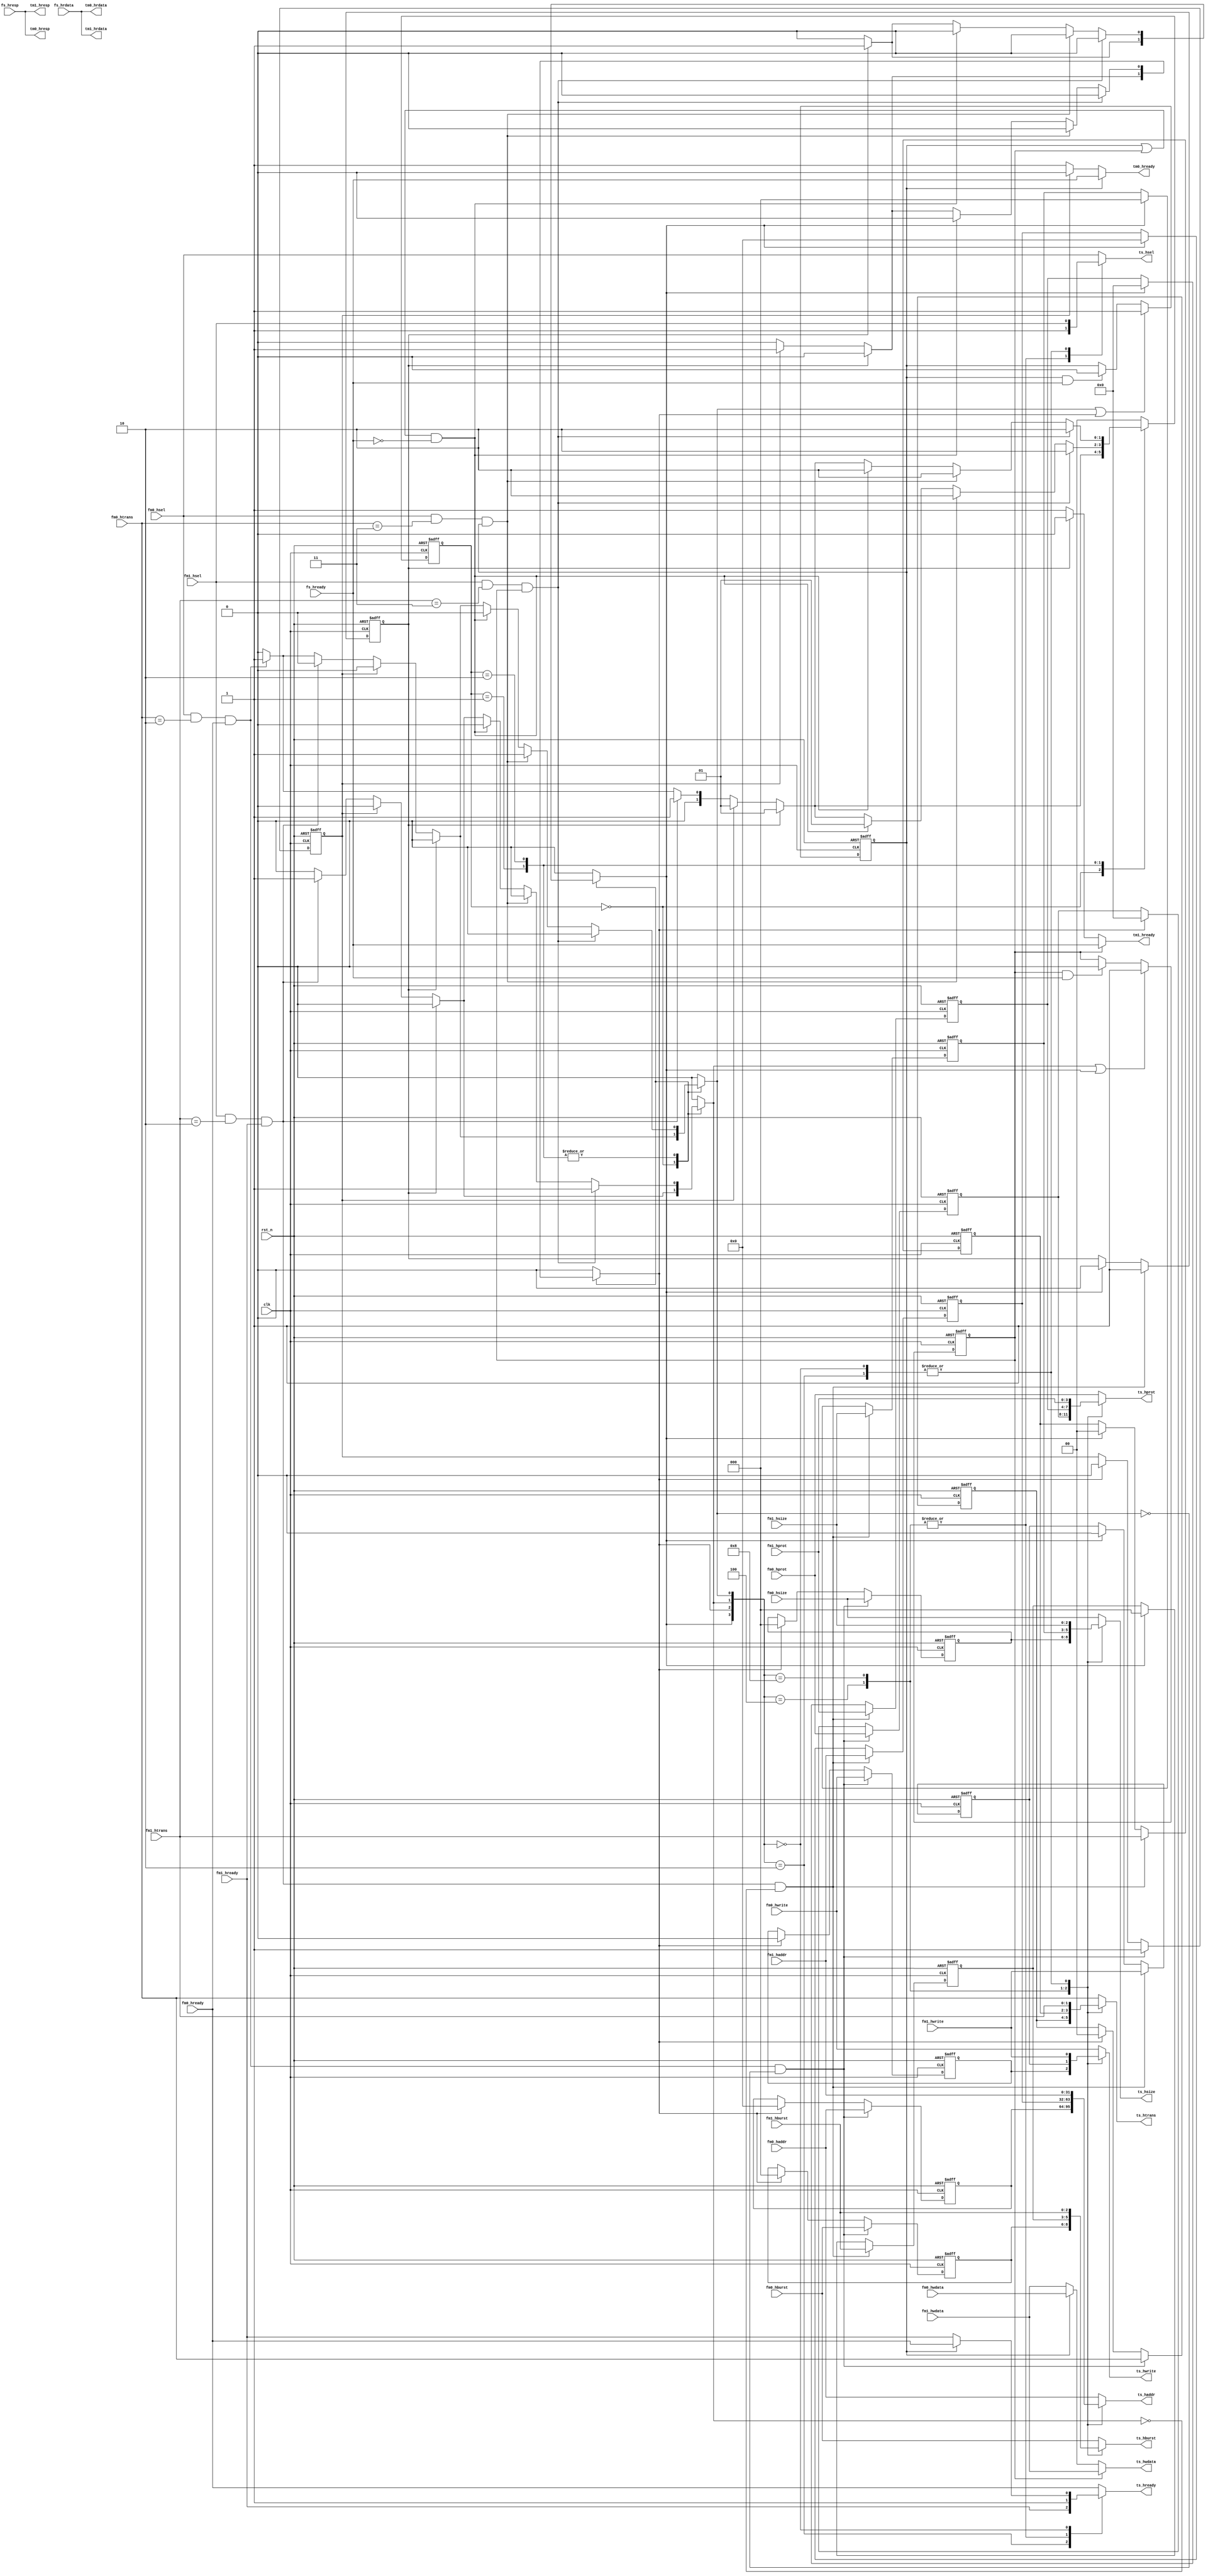

//************************************************************************//
//PODES:    Processor Optimization for Deeply Embedded System                                                                 
//Web:      http://www.mcucore.org                         
//Bug report: sunyata.peng@foxmail.com                                                                          
//Q_Q:   2143971503         
//************************************************************************//
//                                                                          
//  PODES_M0O - PODES IP Core                              
//                                      
//                                                                          
//  This library is free software; you can redistribute it and/or           
//  modify it under the terms of the GNU Lesser General Public              
//  License as published by the Free Software Foundation; either            
//  version 2.1 of the License, or (at your option) any later version.      
//                                                                          
//  This library is distributed in the hope that it will be useful,         
//  but WITHOUT ANY WARRANTY; without even the implied warranty of          
//  MERCHANTABILITY or FITNESS FOR A PARTICULAR PURPOSE.  See the GNU       
//  Lesser General Public License for more details.                         
//                                                                          
//  Full details of the license can be found in the file LGPL.TXT.          
//                                                                          
//  You should have received a copy of the GNU Lesser General Public        
//  License along with this library; if not, write to the Free Software     
//  Foundation, Inc., 59 Temple Place, Suite 330, Boston, MA 02111-1307 USA 
//                                                                          
//************************************************************************//
// Version     : 1.0
// Description : AHBLite bus. Two masters access one port.
//               If both asserted simultaneously, grand port0.
//               ts_hready is always high in control phase, and may be low in data phase.
//               Access to another port can be granted only when the previous one is finished. 
//               Access cannot be broken(insert wait state).
// -----------------------------History-----------------------------------//
// Date      BY   Version  Change Description
//
// 20200101  PODES   1.0      Initial Release. 
//                                                                        
//************************************************************************//
// --- CVS information:
// ---    $Author: $
// ---    $Revision: $
// ---    $Id: $
// ---    $Log$ 
//
//************************************************************************//

module ahblite2to1(
          clk,
          rst_n,
          
          fm0_hready,
          fm0_hsel,
          fm0_haddr,
          fm0_htrans,
          fm0_hwrite,
          fm0_hwdata,
          fm0_hsize,
          fm0_hburst,
          fm0_hprot,
          tm0_hrdata,
          tm0_hready,
          tm0_hresp,
          
          fm1_hready,
          fm1_hsel,
          fm1_haddr,
          fm1_htrans,
          fm1_hwrite,
          fm1_hwdata,
          fm1_hsize,
          fm1_hburst,
          fm1_hprot,
          tm1_hrdata,
          tm1_hready,
          tm1_hresp,
          
          ts_hready,
          ts_hsel,
          ts_haddr,
          ts_htrans,
          ts_hwrite,
          ts_hwdata,
          ts_hsize,
          ts_hburst,
          ts_hprot,
          fs_hrdata,
          fs_hready,
          fs_hresp
        );
        
//-----------------------------------------------------------//
//                          PARAMETERS                       //
//-----------------------------------------------------------//
parameter IDLE   = 2'b00;
parameter NONSEQ = 2'b01;
parameter SEQ    = 2'b10;

//-----------------------------------------------------------//
//                      INPUTS/OUTPUTS                       //
//-----------------------------------------------------------//  
input             clk;
input             rst_n;

input             fm0_hready ;
input             fm0_hsel   ;
input   [31:0]    fm0_haddr  ;
input   [1 :0]    fm0_htrans ;
input             fm0_hwrite ;
input   [31:0]    fm0_hwdata ;
input   [2 :0]    fm0_hsize  ;
input   [2 :0]    fm0_hburst ;
input   [3 :0]    fm0_hprot  ;
output  [31:0]    tm0_hrdata ;
output            tm0_hready ;
output            tm0_hresp  ;
          
input             fm1_hready ;
input             fm1_hsel   ;
input   [31:0]    fm1_haddr  ;
input   [1 :0]    fm1_htrans ;
input             fm1_hwrite ;
input   [31:0]    fm1_hwdata ;
input   [2 :0]    fm1_hsize  ;
input   [2 :0]    fm1_hburst ;
input   [3 :0]    fm1_hprot  ;
output  [31:0]    tm1_hrdata ;
output            tm1_hready ;
output            tm1_hresp  ;
           
output            ts_hready  ;  
output            ts_hsel    ;   
output  [31:0]    ts_haddr   ; 
output  [1 :0]    ts_htrans  ;  
output            ts_hwrite  ;  
output  [31:0]    ts_hwdata  ;  
output  [2 :0]    ts_hsize   ; 
output  [2 :0]    ts_hburst  ; 
output  [3 :0]    ts_hprot   ; 
input   [31:0]    fs_hrdata  ; 
input             fs_hready  ;
input             fs_hresp   ;

//-----------------------------------------------------------//
//                    REGISTERS & WIRES                      //
//-----------------------------------------------------------//
wire               tm0_hready;
wire               tm0_hresp     ;
wire  [31:0]       tm0_hrdata    ;
                   
wire               tm1_hready;
wire               tm1_hresp     ;
wire  [31:0]       tm1_hrdata    ;
                   
reg                ts_hsel    ;  
reg                ts_hwrite  ;  
reg   [1 :0]       ts_htrans  ;  
reg   [2 :0]       ts_hburst  ;   
reg   [3 :0]       ts_hprot  ;  
reg   [31:0]       ts_haddr   ;  
wire  [31:0]       ts_hwdata  ;  
reg   [2 :0]       ts_hsize   ;  
reg                ts_hready  ;  

wire               req_slv0;
wire               req_slv1;
                   
reg                pending_slv0;
reg                pending_slv1;

reg               grant_cmd_slv0;
reg               grant_cmd_slv1;
reg               grant_pending_slv0;
reg               grant_pending_slv1;
reg               grant_cmd_slv0_r;
reg               grant_cmd_slv1_r;
                  
reg               grant_data_slv0;
reg               grant_data_slv1;

reg            hwrite_pd_0 ;
reg  [1 :0]    htrans_pd_0 ;
reg  [2 :0]    hburst_pd_0 ;
reg  [3 :0]    hprot_pd_0 ;
reg  [31:0]    haddr_pd_0  ;
reg  [2 :0]    hsize_pd_0  ;

reg            hwrite_pd_1 ;
reg  [1 :0]    htrans_pd_1 ;
reg  [2 :0]    hburst_pd_1 ;
reg  [3 :0]    hprot_pd_1 ;
reg  [31:0]    haddr_pd_1  ;
reg  [2 :0]    hsize_pd_1  ;

reg  [1 :0]    state;        
reg  [1 :0]    nxt_state;


//-----------------------------------------------------------//
//                          ARCHITECTURE                     //
//-----------------------------------------------------------//
assign req_slv0 = fm0_hsel && (fm0_htrans==2'b10) && fm0_hready;
assign req_slv1 = fm1_hsel && (fm1_htrans==2'b10) && fm1_hready;

always @ (posedge clk or negedge rst_n)
begin
    if(!rst_n)
    begin
        pending_slv0 <= 1'b0;
    end
    else if( req_slv0 && ~grant_cmd_slv0)
    begin
        pending_slv0 <= 1'b1;
    end
    else if(grant_pending_slv0)
    begin
        pending_slv0 <= 1'b0;
    end
end

always @ (posedge clk or negedge rst_n)
begin
    if(!rst_n)
    begin
        pending_slv1 <= 1'b0;
    end
    else if( req_slv1 && ~grant_cmd_slv1)
    begin
        pending_slv1 <= 1'b1;
    end
    else if(grant_pending_slv1)
    begin
        pending_slv1 <= 1'b0;
    end
end

//pending the command
always @ (posedge clk or negedge rst_n)
begin
    if(!rst_n)
    begin
        hwrite_pd_0 <=  1'h0;
        htrans_pd_0 <=  2'h0;
        hburst_pd_0 <=  3'h0;
        hprot_pd_0  <=  4'h0;
        haddr_pd_0  <= 32'h0;
        hsize_pd_0  <=  3'h0;
    end
    else if( req_slv0 && ~grant_cmd_slv0)
    begin
        hwrite_pd_0 <=  fm0_hwrite;
        htrans_pd_0 <=  fm0_htrans;
        hburst_pd_0 <=  fm0_hburst;
        hprot_pd_0  <=  fm0_hprot;
        haddr_pd_0  <=  fm0_haddr ;
        hsize_pd_0  <=  fm0_hsize ;
    end
    else if(grant_pending_slv0)
    begin
        hwrite_pd_0 <=  1'h0;
        htrans_pd_0 <=  2'h0;
        hburst_pd_0 <=  3'h0;
        hprot_pd_0  <=  4'h0;
        haddr_pd_0  <= 32'h0;
        hsize_pd_0  <=  3'h0;
    end
end

//pending the command
always @ (posedge clk or negedge rst_n)
begin
    if(!rst_n)
    begin
        hwrite_pd_1 <=  1'h0;
        htrans_pd_1 <=  2'h0;
        hburst_pd_1 <=  3'h0;
        hprot_pd_1  <=  4'h0;
        haddr_pd_1  <= 32'h0;
        hsize_pd_1  <=  3'h0;
    end
    else if( req_slv1 && ~grant_cmd_slv1)
    begin
        hwrite_pd_1 <=  fm1_hwrite;
        htrans_pd_1 <=  fm1_htrans;
        hburst_pd_1 <=  fm1_hburst;
        hprot_pd_1  <=  fm1_hprot;
        haddr_pd_1  <=  fm1_haddr ;
        hsize_pd_1  <=  fm1_hsize ;
    end
    else if(grant_pending_slv1)
    begin
        hwrite_pd_1 <=  1'h0;
        htrans_pd_1 <=  2'h0;
        hburst_pd_1 <=  3'h0;
        hprot_pd_1  <=  4'h0;
        haddr_pd_1  <= 32'h0;
        hsize_pd_1  <=  3'h0;
    end
end

//command MUX
always @ *
begin
    case({grant_pending_slv1, grant_pending_slv0, grant_cmd_slv1, grant_cmd_slv0})
    4'b0001:
    begin
        ts_hsel   =  fm0_hsel  ;
        ts_hwrite =  fm0_hwrite;
        ts_htrans =  fm0_htrans;
        ts_hburst =  fm0_hburst;
        ts_hprot  =  fm0_hprot;
        ts_haddr  =  fm0_haddr ;
        ts_hsize  =  fm0_hsize ;
        ts_hready =  fm0_hready;
    end
    4'b0010:
    begin
        ts_hsel   =  fm1_hsel  ;
        ts_hwrite =  fm1_hwrite;
        ts_htrans =  fm1_htrans;
        ts_hburst =  fm1_hburst;
        ts_hprot  =  fm1_hprot;
        ts_haddr  =  fm1_haddr ;
        ts_hsize  =  fm1_hsize ;
        ts_hready =  fm1_hready;
    end
    4'b0100:
    begin
        ts_hsel   =  1'b1    ;
        ts_hwrite =  hwrite_pd_0;
        ts_htrans =  htrans_pd_0;
        ts_hburst =  hburst_pd_0;
        ts_hprot  =  hprot_pd_0;
        ts_haddr  =  haddr_pd_0 ;
        ts_hsize  =  hsize_pd_0 ;
        ts_hready =  1'b1    ;
    end
    4'b1000:
    begin
        ts_hsel   =  1'b1    ;
        ts_hwrite =  hwrite_pd_1;
        ts_htrans =  htrans_pd_1;
        ts_hburst =  hburst_pd_1;
        ts_hprot  =  hprot_pd_1;
        ts_haddr  =  haddr_pd_1 ;
        ts_hsize  =  hsize_pd_1 ;
        ts_hready =  1'b1    ;
    end
    4'b0000:  // grant slv1, when no request
    begin
        ts_hsel   =  fm1_hsel   ; //1'b0  ;
        ts_hwrite =  fm1_hwrite ; //1'b0;
        ts_htrans =  fm1_htrans ; //2'b00;
        ts_hburst =  fm1_hburst ; //3'b000;
        ts_hprot  =  fm1_hprot ; //4'b000;
        ts_haddr  =  fm1_haddr  ; //fm0_haddr ;
        ts_hsize  =  fm1_hsize  ; //3'b000 ;
        ts_hready =  grant_data_slv0 ? fm0_hready : fm1_hready; //1'b1;
    end
    default:// grant slv0, when no request
    begin
        ts_hsel   =  fm0_hsel  ;
        ts_hwrite =  fm0_hwrite;
        ts_htrans =  fm0_htrans;
        ts_hburst =  fm0_hburst;
        ts_hprot  =  fm0_hprot;
        ts_haddr  =  fm0_haddr ;
        ts_hsize  =  fm0_hsize ;
        ts_hready =  fm0_hready;
    end
    endcase
end

//data MUX
assign ts_hwdata = grant_data_slv1 ? fm1_hwdata : grant_data_slv0 ? fm0_hwdata : fm1_hwdata;

assign tm0_hrdata = fs_hrdata;
assign tm1_hrdata = fs_hrdata;

assign tm0_hresp = fs_hresp;
assign tm1_hresp = fs_hresp;

assign tm0_hready = grant_data_slv0 ? fs_hready : 
                      pending_slv0 ? 1'b0 : 1'b1;
                      
assign tm1_hready = grant_data_slv1 ? fs_hready : 
                      pending_slv1 ? 1'b0 : 1'b1;                      

//======================================================
//  ARB
always @ (posedge clk or negedge rst_n)
begin
    if(!rst_n)
    begin
        grant_data_slv0 <= 1'b0;
    end
    else if(grant_cmd_slv0 || grant_pending_slv0)
    begin
        grant_data_slv0 <= 1'b1;
    end
    else if(grant_data_slv0 && fs_hready)
    begin
        grant_data_slv0 <= 1'b0;
    end
end

always @ (posedge clk or negedge rst_n)
begin
    if(!rst_n)
    begin
        grant_data_slv1 <= 1'b0;
    end
    else if(grant_cmd_slv1 || grant_pending_slv1)
    begin
        grant_data_slv1 <= 1'b1;
    end
    else if(grant_data_slv1 && fs_hready)
    begin
        grant_data_slv1 <= 1'b0;
    end
end




always @ *
begin
    nxt_state = IDLE;
    grant_pending_slv1  = 1'b0;
    grant_pending_slv0  = 1'b0;
    grant_cmd_slv1      = 1'b0;
    grant_cmd_slv0      = 1'b0;
    case (state)
    IDLE:
    begin
        if(pending_slv1) //1st priority
        begin
            grant_pending_slv1 = 1'b1;
            nxt_state = NONSEQ;
        end
        else if(pending_slv0) //2nd priority
        begin
            grant_pending_slv0 = 1'b1;
            nxt_state = NONSEQ;
        end
        else if(req_slv1) //3rd priority
        begin
            grant_cmd_slv1 = 1'b1;
            nxt_state = NONSEQ;
        end
        else if(req_slv0) //4th priority
        begin
            grant_cmd_slv0 = 1'b1;
            nxt_state = NONSEQ;
        end
        else 
            nxt_state = IDLE;
    end
    NONSEQ:
    begin
        if(fm1_hsel && fm1_htrans == 2'b11 && grant_data_slv1)   //dont break seq operation
        begin
            nxt_state = SEQ;
            grant_cmd_slv1     =  1'b1;
        end
        else if(fm0_hsel && fm0_htrans == 2'b11 && grant_data_slv0)   //dont break seq operation
        begin
            nxt_state = SEQ;
            grant_cmd_slv0     = 1'b1;
        end
        else if( (grant_data_slv0 || grant_data_slv1) && ~fs_hready) 
        begin
            nxt_state = NONSEQ;
        end
        
        else
        begin 
        
            if(pending_slv1) //1st priority
            begin
                grant_pending_slv1 = 1'b1;
                nxt_state = NONSEQ;
            end
            else if(pending_slv0) //2nd priority
            begin
                grant_pending_slv0 = 1'b1;
                nxt_state = NONSEQ;
            end
            else if(req_slv1) //3rd priority
            begin
                grant_cmd_slv1 = 1'b1;
                nxt_state = NONSEQ;
            end
            else if(req_slv0) //4th priority
            begin
                grant_cmd_slv0 = 1'b1;
                nxt_state = NONSEQ;
            end
            else
                nxt_state = IDLE;
            
        end
    
    end
    SEQ:
    begin
        
        //if(fm1_hsel && fm1_htrans == 2'b11 && grant_cmd_slv1_r)   //dont break seq operation
        if(fm1_hsel && fm1_htrans == 2'b11 && grant_data_slv1)   //dont break seq operation
        begin
            nxt_state = SEQ;
            grant_cmd_slv1     =  1'b1;
        end
        //else if(fm0_hsel && fm0_htrans == 2'b11 && grant_cmd_slv0_r)   //dont break seq operation
        else if(fm0_hsel && fm0_htrans == 2'b11 && grant_data_slv0)   //dont break seq operation
        begin
            nxt_state = SEQ;
            grant_cmd_slv0     = 1'b1;
        end
        else if( (grant_data_slv0 || grant_data_slv1) && ~fs_hready) 
        begin
            nxt_state = SEQ;
        end
        else
        begin
           if(pending_slv1) //1st priority
            begin
                grant_pending_slv1 = 1'b1;
                nxt_state = NONSEQ;
            end
            else if(pending_slv0) //2nd priority
            begin
                grant_pending_slv0 = 1'b1;
                nxt_state = NONSEQ;
            end
            else if(req_slv1) //3rd priority
            begin
                grant_cmd_slv1 = 1'b1;
                nxt_state = NONSEQ;
            end
            else if(req_slv0) //4th priority
            begin
                grant_cmd_slv0 = 1'b1;
                nxt_state = NONSEQ;
            end
            else
                nxt_state = IDLE;
        end
    end
    endcase
end




always @ (posedge clk or negedge rst_n)
begin
    if(!rst_n)
    begin
        state  <= IDLE;
    end
    else
    begin
        state <= nxt_state;
    end
end

always @ (posedge clk or negedge rst_n)
begin
    if(!rst_n)
    begin
        grant_cmd_slv0_r  <= 1'b0;
    end
    else
    begin
        grant_cmd_slv0_r <= grant_cmd_slv0;
    end
end
always @ (posedge clk or negedge rst_n)
begin
    if(!rst_n)
    begin
        grant_cmd_slv1_r  <= 1'b0;
    end
    else
    begin
        grant_cmd_slv1_r <= grant_cmd_slv1;
    end
end

endmodule